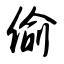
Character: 偷